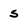
Character: s